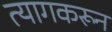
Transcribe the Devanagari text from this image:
त्यागकरून